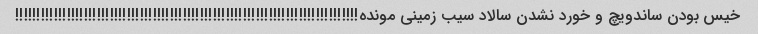
خیس بودن ساندویچ و خورد نشدن سالاد سیب زمینی مونده!!!!!!!!!!!!!!!!!!!!!!!!!!!!!!!!!!!!!!!!!!!!!!!!!!!!!!!!!!!!!!!!!!!!!!!!!!!!!!!!